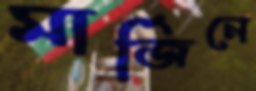
মার্জিনে